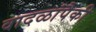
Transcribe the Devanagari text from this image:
वादळांपैकी